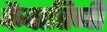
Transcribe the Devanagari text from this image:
कैवातिनी